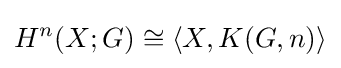
H^{n}(X;G)\cong \langle X,K(G,n)\rangle